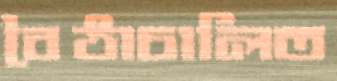
বৈঠাচালিত